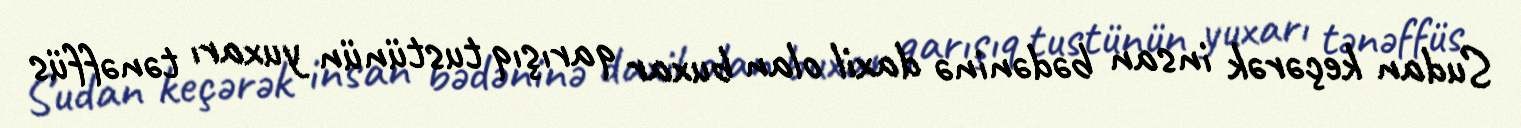
Sudan keçərək insan bədəninə daxil olan buxar qarışıq tustünün yuxarı tənəffüs